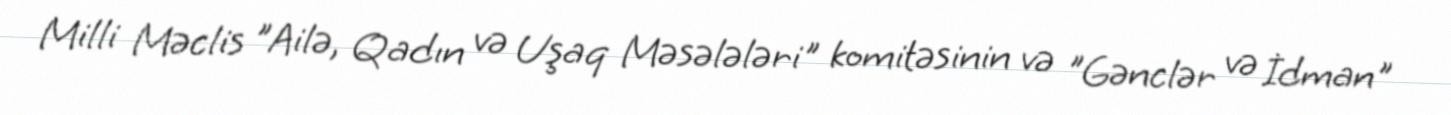
Milli Məclis "Ailə, Qadın və Uşaq Məsələləri" komitəsinin və "Gənclər və İdman"